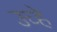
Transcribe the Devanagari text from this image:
उच्हे